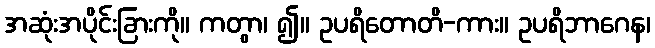
အဆုံးအပိုင်းခြားကို။ ကတွာ၊ ၍။ ဥပရိတောတိ-ကား။ ဥပရိဘာဂေန၊